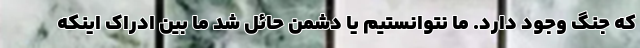
که جنگ وجود دارد. ما نتوانستیم یا دشمن حائل شد ما بین ادراک اینکه